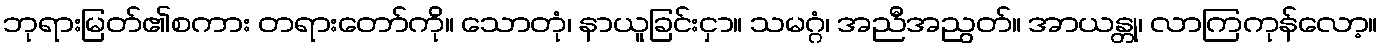
ဘုရားမြတ်၏စကား တရားတော်ကို။ သောတုံ၊ နာယူခြင်းငှာ။ သမဂ္ဂံ၊ အညီအညွတ်။ အာယန္တု၊ လာကြကုန်လော့။